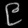
Digit: ၉